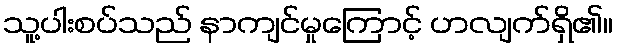
သူ့ပါးစပ်သည် နာကျင်မှုကြောင့် ဟလျက်ရှိ၏။